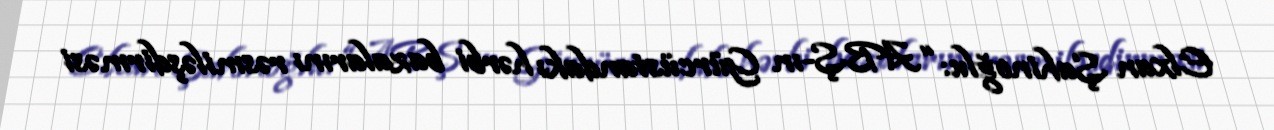
Elxan Şahinoğlu: “ABŞ-ın Gürcüstandakı hərbi bazalarını rəsmiləşdirməsi